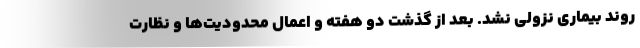
روند بیماری نزولی نشد. بعد از گذشت دو هفته و اعمال محدودیت‌ها و نظارت